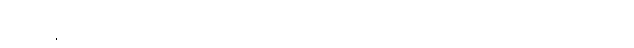
ဒီလိုဒီမျှ အခက်အခဲမျိုး ခက်သောအခါ၊ ဘယ်နေရာ ဘယ်ဌာနတွင်မှ မကြုံဘူးခဲ့၊